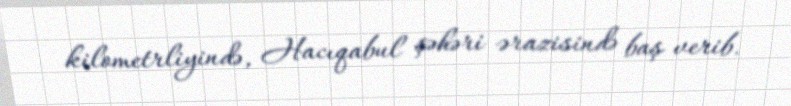
kilometrliyində, Hacıqabul şəhəri ərazisində baş verib.